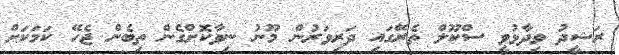
ރަޝީދު ވިދާޅުވީ ސްކޫލް ތެރޭގައި ދަރިވަރުން މޫނު ނިވާކޮށްގެން ތިބެން ޖެހޭ ކަމަކަށް